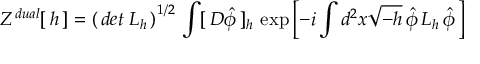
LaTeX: Z ^ { \, d u a l } [ \, h \, ] = \left( \, d e t \; L _ { h } \, \right) ^ { 1 / 2 } \, \int [ \, { \cal D } \hat { \phi } \, ] _ { h } \, \exp \left[ - i \int d ^ { 2 } x \sqrt { - h } \, \hat { \phi } \, L _ { h } \, \hat { \phi } \, \right]